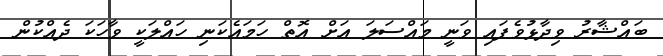
ބައްޝާރު ވިދާޅުވެފައި ވަނީ މައްސަލަ އަށް އޮތް ހަމައެކަނި ހައްލަކީ ވާހަކަ ދެއްކުން